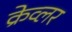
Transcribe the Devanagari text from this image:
क्रेव्लर